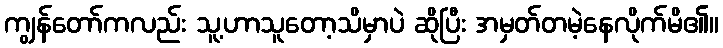
ကျွန်တော်ကလည်း သူ့ဟာသူတော့သိမှာပဲ ဆိုပြီး အမှတ်တမဲ့နေလိုက်မိ၏။